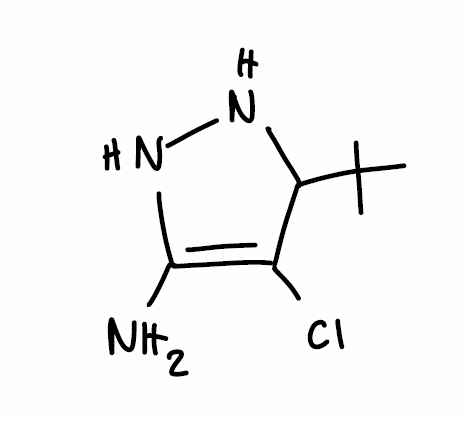
Simplified molecular-input line-entry system (SMILES) notation of the given molecule:
CC(C)(C)C1C(=C(NN1)N)Cl